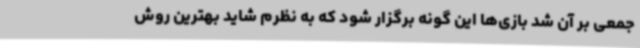
جمعی بر آن شد بازی‌ها این گونه برگزار شود که به نظرم شاید بهترین روش